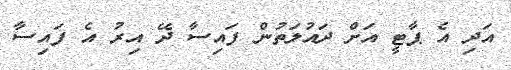
އަދި އެ ޕާޓީ އަށް ދައުލަތުން ފައިސާ ދޭ އިރު އެ ފައިސާ